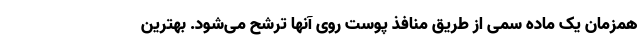
همزمان یک ماده سمی از طریق منافذ پوست روی آنها ترشح می‌شود. بهترین